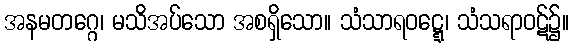
အနမတဂ္ဂေ၊ မသိအပ်သော အစရှိသော။ သံသာရဝဋ္ဋေ၊ သံသရာဝဋ်၌။